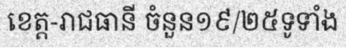
ខេត្ត-រាជធានី ចំនួន១៩/២៥ទូទាំង